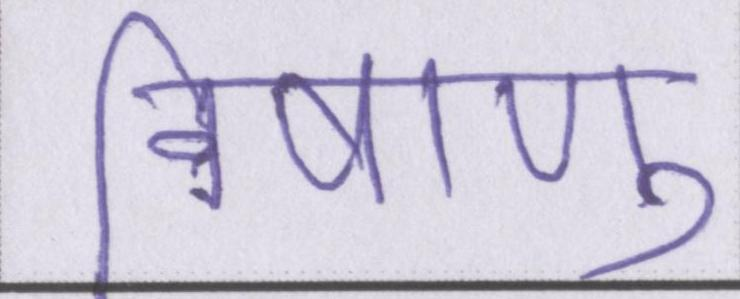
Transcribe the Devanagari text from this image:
विषाणु